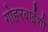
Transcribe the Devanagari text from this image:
गोहरबाईंशी